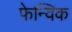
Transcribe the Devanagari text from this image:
फेन्विक